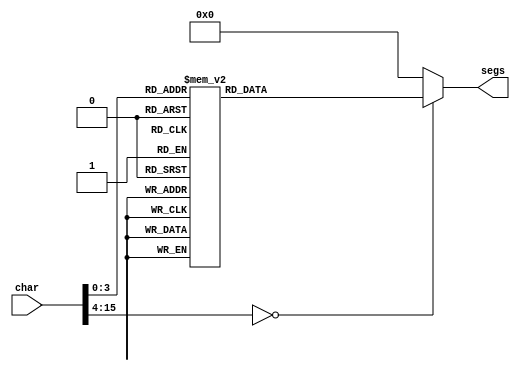
/*
   This file was generated automatically by Alchitry Labs version 1.2.0.
   Do not edit this file directly. Instead edit the original Lucid source.
   This is a temporary file and any changes made to it will be destroyed.
*/

module seven_seg_2 (
    input [15:0] char,
    output reg [6:0] segs
  );
  
  
  
  always @* begin
    
    case (char)
      1'h0: begin
        segs = 7'h7e;
      end
      1'h1: begin
        segs = 7'h48;
      end
      2'h2: begin
        segs = 7'h3d;
      end
      2'h3: begin
        segs = 7'h6d;
      end
      3'h4: begin
        segs = 7'h4b;
      end
      3'h5: begin
        segs = 7'h67;
      end
      3'h6: begin
        segs = 7'h77;
      end
      3'h7: begin
        segs = 7'h4c;
      end
      4'h8: begin
        segs = 7'h7f;
      end
      4'h9: begin
        segs = 7'h6f;
      end
      default: begin
        segs = 7'h00;
      end
    endcase
  end
endmodule